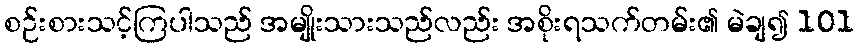
စဉ်းစားသင့်ကြပါသည် အမျိုးသားသည်လည်း အစိုးရသက်တမ်း၏ မဲချ၍ 101